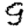
Digit: 9